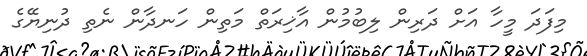
މިފަދަ މީހާ އަށް ދަރިން ލިބުމުން އާޚިރަތް މަތިން ހަނދާން ނެތި ދުނިޔޭގެ